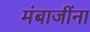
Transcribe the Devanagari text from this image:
मंबाजींना